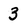
Character: 3